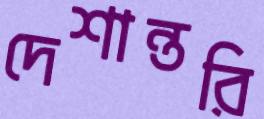
দেশান্তরি